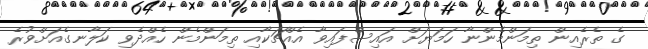
ގެ ތެރެއިން ތިމަންމެންނާ ހަމަޔަށް އައިސްފައިވާ އެއްޗަކާއި ތިމަންމެން ހެއްދެވި ކަލާނގެއަށްވުރެ